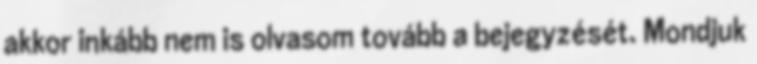
akkor inkább nem is olvasom tovább a bejegyzését. Mondjuk